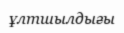
ұлтшылдығы